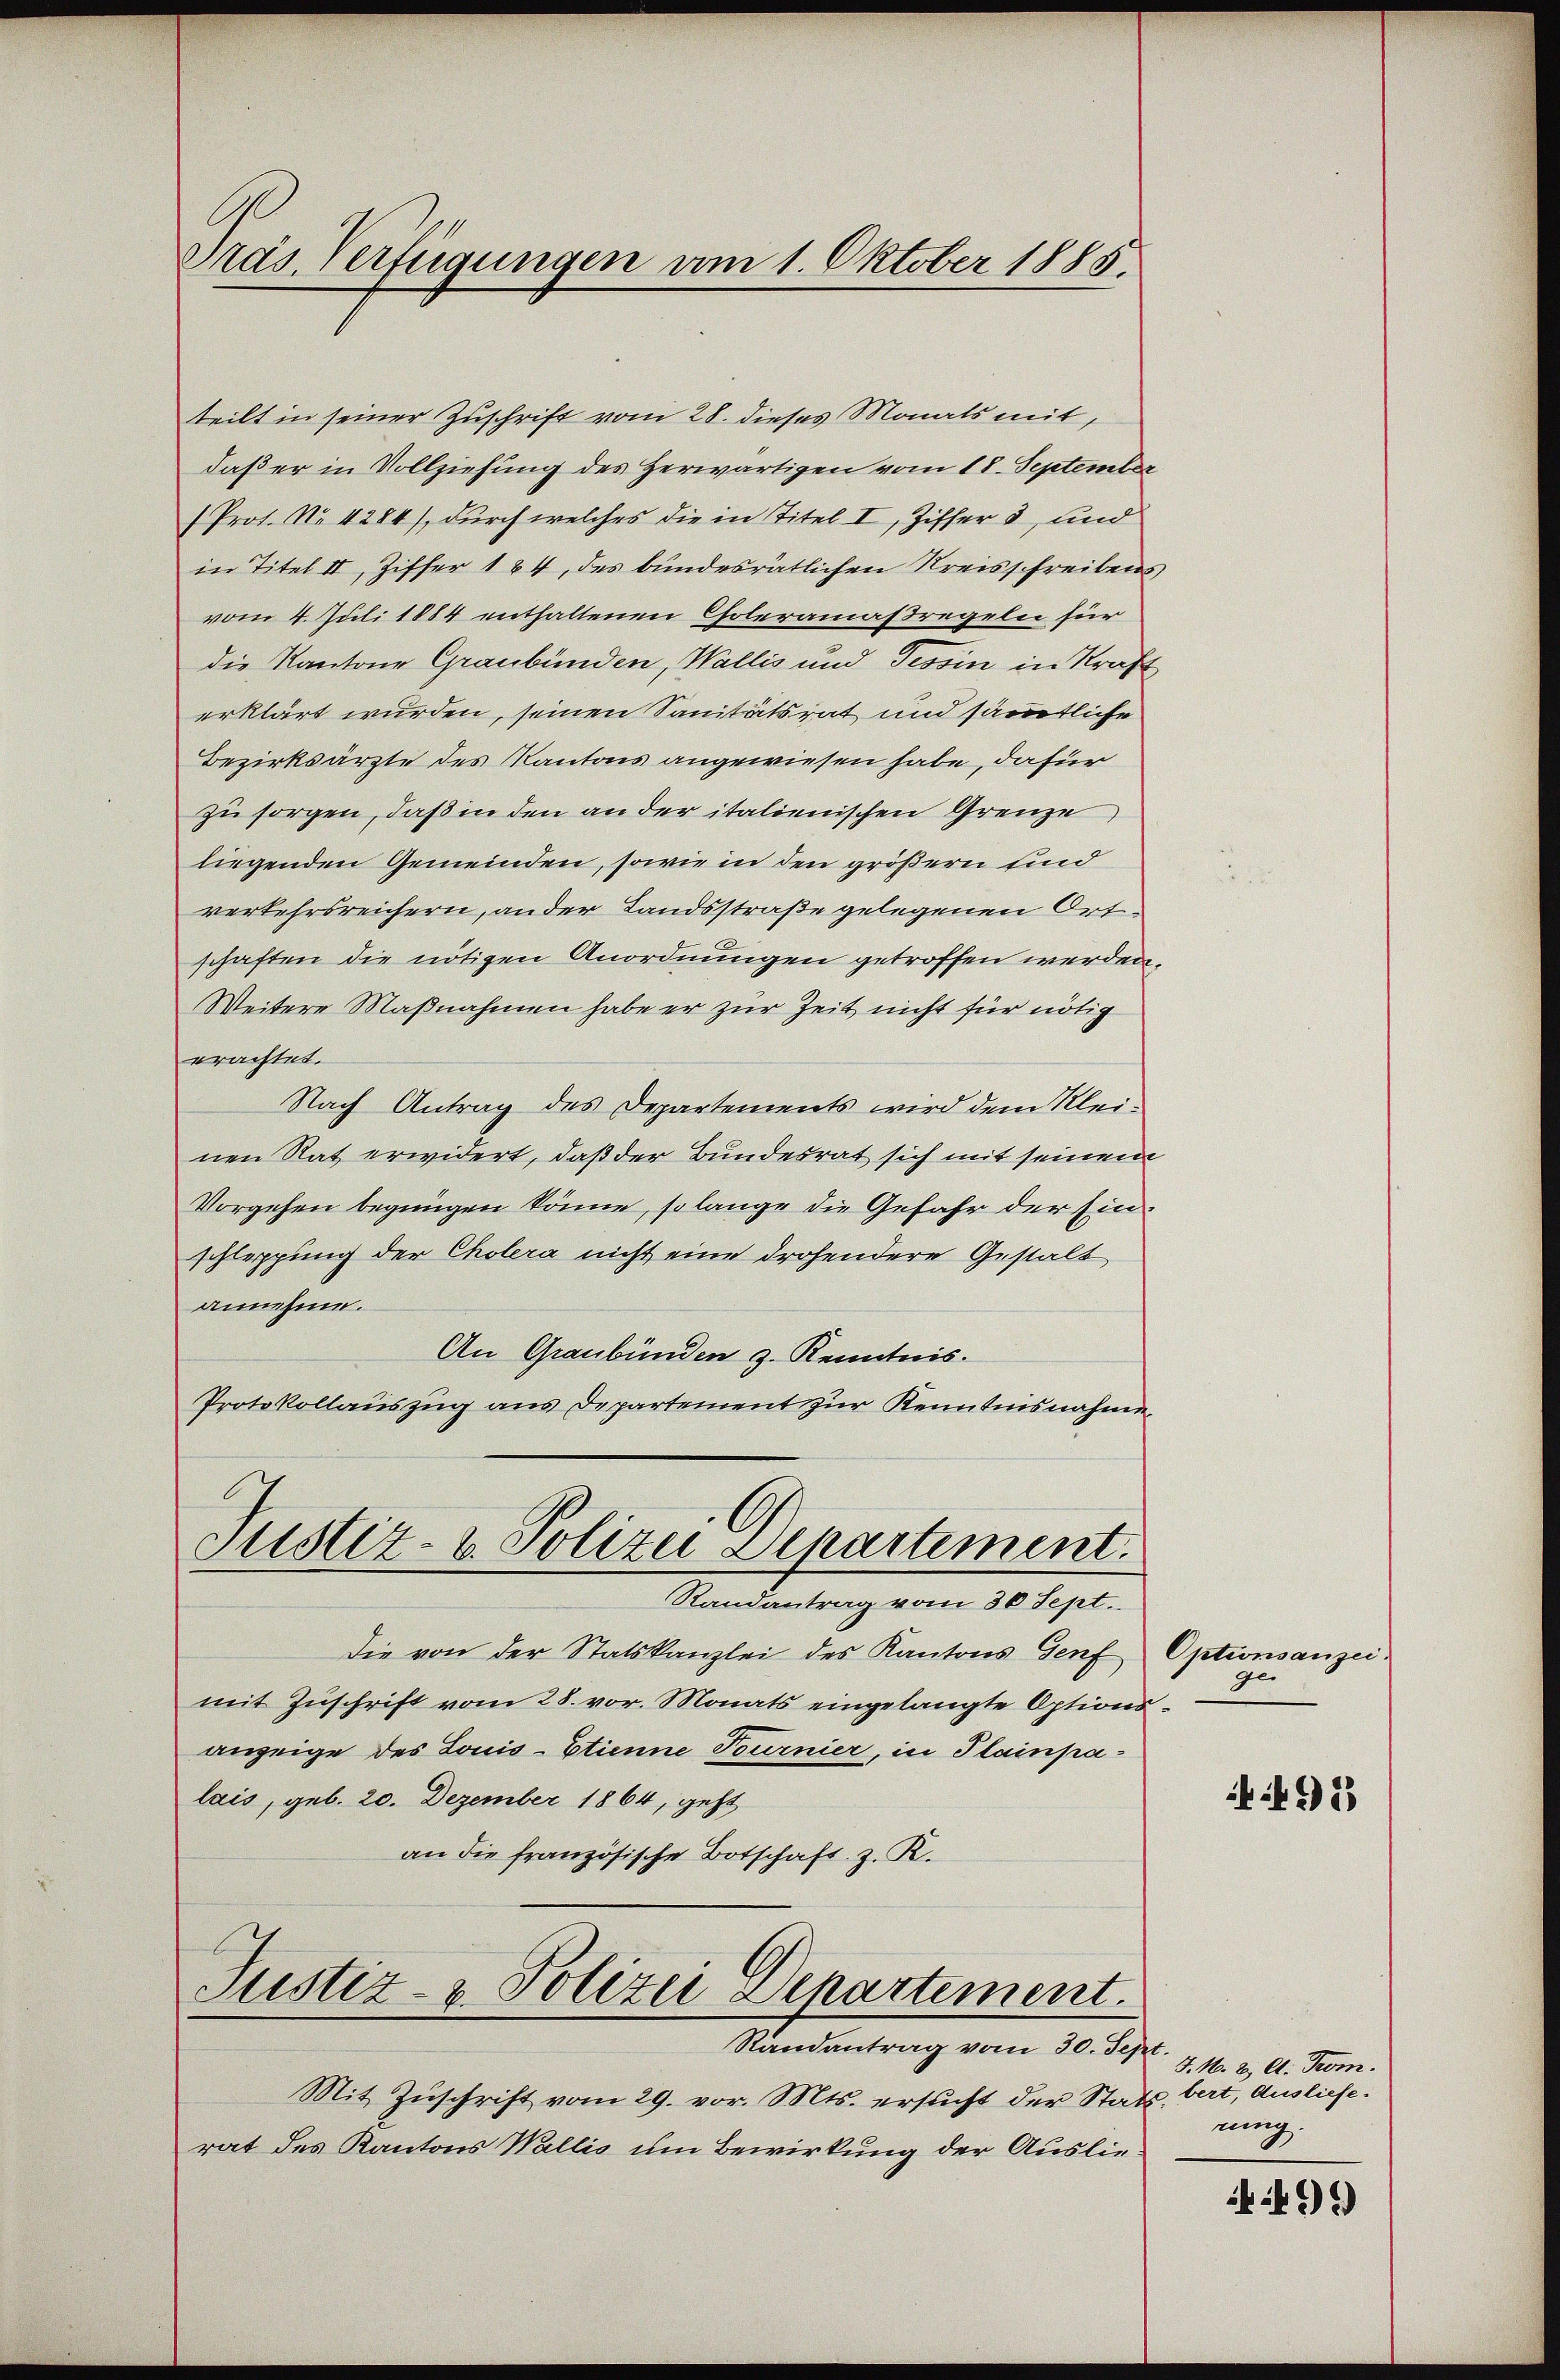
Präs. Verfügungen vom 1. Oktober 1885.

teilt in seiner Zuschrift vom 28. dieses Monats mit,
daß er in Vollziehung des Herwärtigen vom 18. September
(Prot. No. 4284), durch welches die in Titel I Ziffer 3, und
in Titel II, Ziffer 184, des bundesrätlichen Kreisschreibens
vom 4. Juli 1884 enthaltenen Choleramaßregeln für
die Kantone Graubünden, Wallis und Tessin in Kraf
erklärt wurden, seinen Sanitätsrat und sämmtliche
Bezirksärzte des Kantons angewiesen habe, dafür
zu sorgen, daß in den an der italienischen Grenze
liegenden Gemeinden, sowie in den größern und
verkehrsreichern, an der Landsstraße gelegenen Ortschaften die nötigen Anordnungen getroffen werden.
Weitere Maßnahmen habe er zur Zeit nicht für nötig
erachtet.
Nach Antrag des Departements wird dem Kleinen Rat erwidert, daß der Bundesrat sich mit seinem
Vorgehen begnügen könne, so lange die Gefahr der Einschleppung der Cholera nicht eine drohendere Gestalt
annehme.
An Graubünden 3. Kenntnis.
Protokollauszug aus Departement zur Kenntnisnahme

Justiz- & Polizei Departement.
Randantrag vom 30 Sept.

Die von der Statskanzlei des Kantons Genf
mit Zuschrift vom 28. vor. Monats eingelangte Optionsanzeige des Louis-Etienne Tournier, in Plainpalais, geb. 20. Dezember 1864, geht
an die französische Botschaft z. R.

Justiz- & Polizei Departement.
Randantrag vom 30. Sept.

Mit Zŭschrift vom 29. vor. Mts. ersŭcht der Stattrat des Kantons Wallis um Bewirkung der Auslie¬

Optionsanzei
ge

492

J. N. 2. A. Trom.
bert, Ausliefe.
rung.

496)